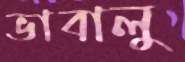
ভাবালু